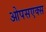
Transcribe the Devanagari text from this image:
ओपसएक्स